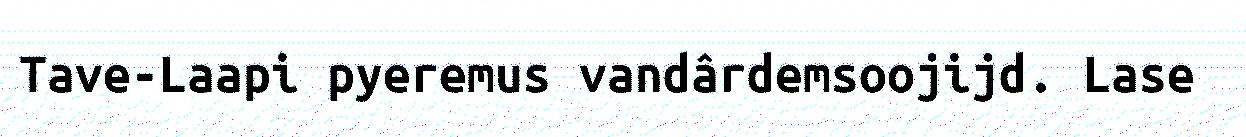
Tave-Laapi pyeremus vandârdemsoojijd. Lase